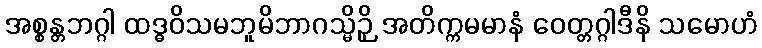
အစ္စန္တဘဂ္ဂါ ထဒ္ဓဝိသမဘူမိဘာဂသ္မိဉှိ အတိက္ကမမာနံ ဝေတ္တဂ္ဂါဒီနိ သမောဟံ